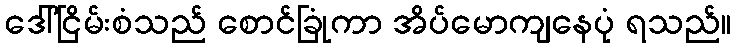
ဒေါ်ငြိမ်းစံသည် စောင်ခြုံကာ အိပ်မောကျနေပုံ ရသည်။